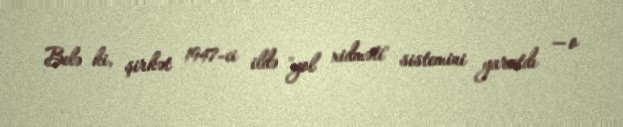
Belə ki, şirkət 1947-ci ildə "yol xidməti" sistemini yaratdı — o